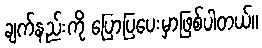
ချက်နည်းကို ပြောပြပေးမှာဖြစ်ပါတယ်။